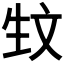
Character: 𰕚